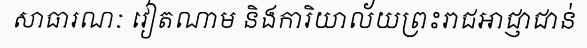
សាធារណៈ វៀតណាម និងការិយាល័យព្រះរាជអាជ្ញាជាន់